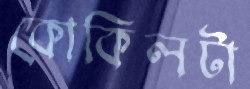
কোকিলটা